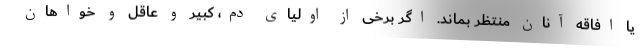
یا افاقه آنان منتظر بماند. اگر برخی از اولیای دم، کبیر و عاقل و خواهان